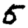
Digit: 5